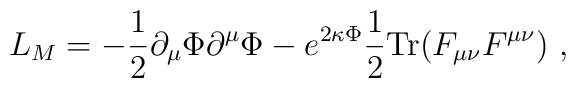
L_M=-\frac{1}{2}\partial_\mu \Phi \partial^\mu \Phi -e^{2 \kappa \Phi }\frac{1}{2} {\rm Tr} (F_{\mu\nu} F^{\mu\nu})\ ,